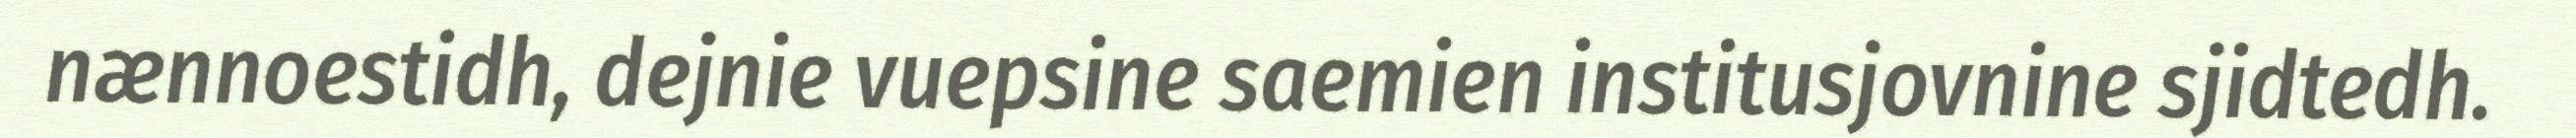
nænnoestidh, dejnie vuepsine saemien institusjovnine sjidtedh.